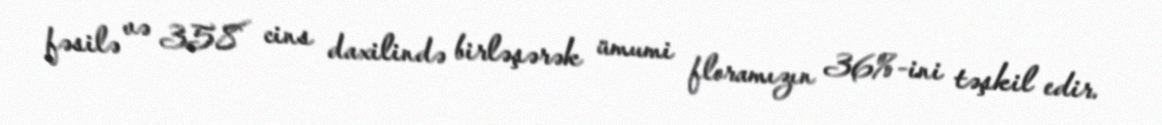
fəsilə və 358 cins daxilində birləşərək ümumi floramızın 36%-ini təşkil edir.